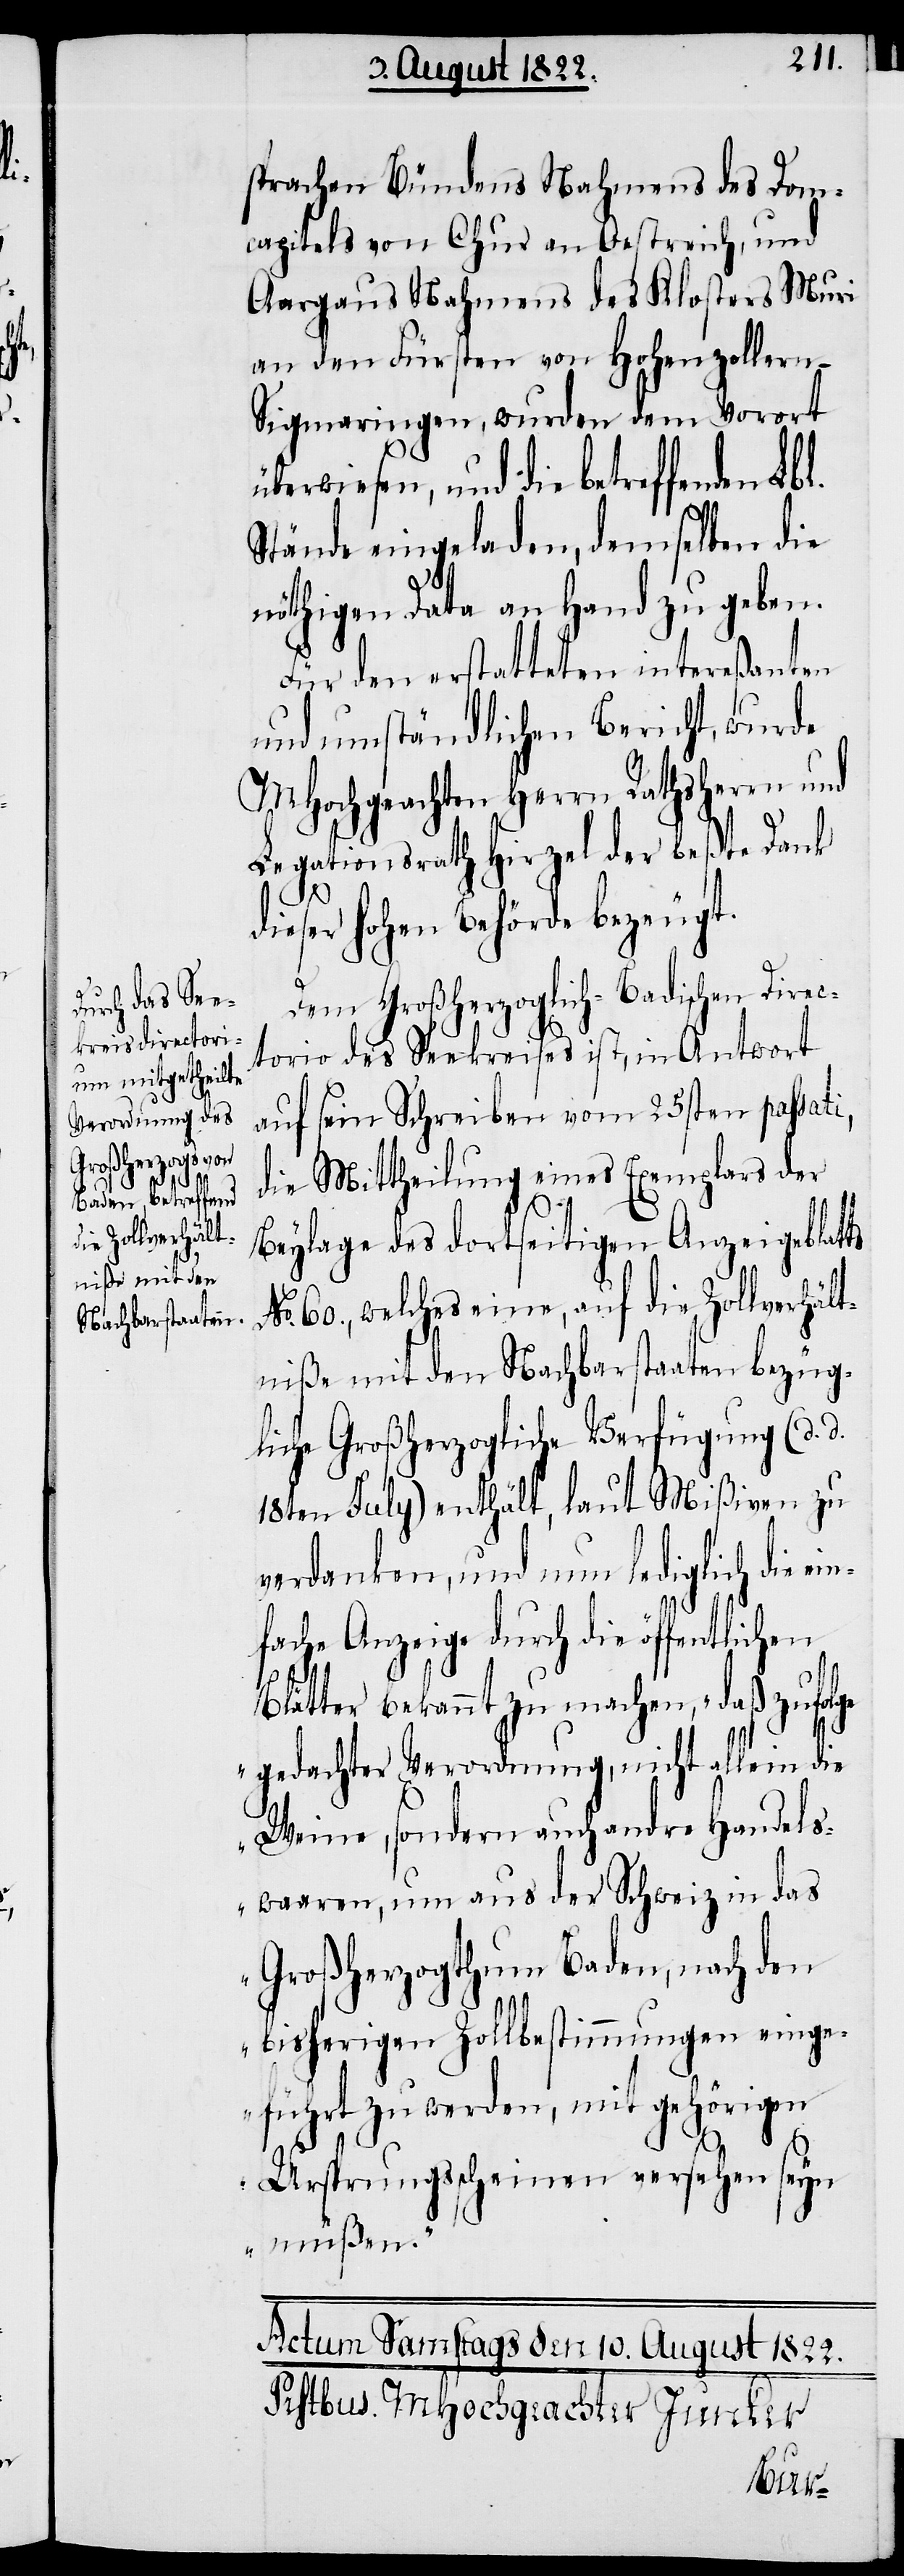
ts

sprachen Bündens Nahmens des Dom¬
capitals von Chur an Oestreich, und
Aargaus Nahmens des Klosters Muri
an den Fürsten von Hohenzollern-S¬
igmaringen, wurden dem Vorort
überwiesen, und die betreffenden Lbl.
Stände eingeladen, demselben die
nöthigen Data an Hand zu geben.
Für den erstatteten intereßanten
und umständlichen Bericht, wurde
MHochgeachten Herrn Rathsherrn und
Legationsrath Hirzel der beßte Dank
No.
dieser Hohen Behörde bezeugt.
Dem Großherzoglich-Badischen Direc¬
torio des Seekreises ist, in Antwort
auf sein Schreiben vom 25sten passati,
die Mittheilung eines Exemplars der
Beylage des dortseitigen Anzeigenblat¬
60., welches eine, auf die Zollverhält¬
niße mit den Nachbarstaaten bezüg¬
liche Großherzogliche Verfügung (d. d.
18ten July) enthält, laut Mißiven zu
verdanken, und nun lediglich die
fache Anzeige durch die öffentlichen
Blätter bekannt zu machen, „daß zufol¬
ge gedachter Verordnung, nicht allein die
Weine, sondern auch andre Handels¬
waaren, um aus der Schweiz in das
Großherzogthum Baden, nach den
bisherigen Zollbestimmungen einge¬
führt zu werden, mit gehörigen
Ursprungsscheinen versehen seyn
müßen.“
ein¬